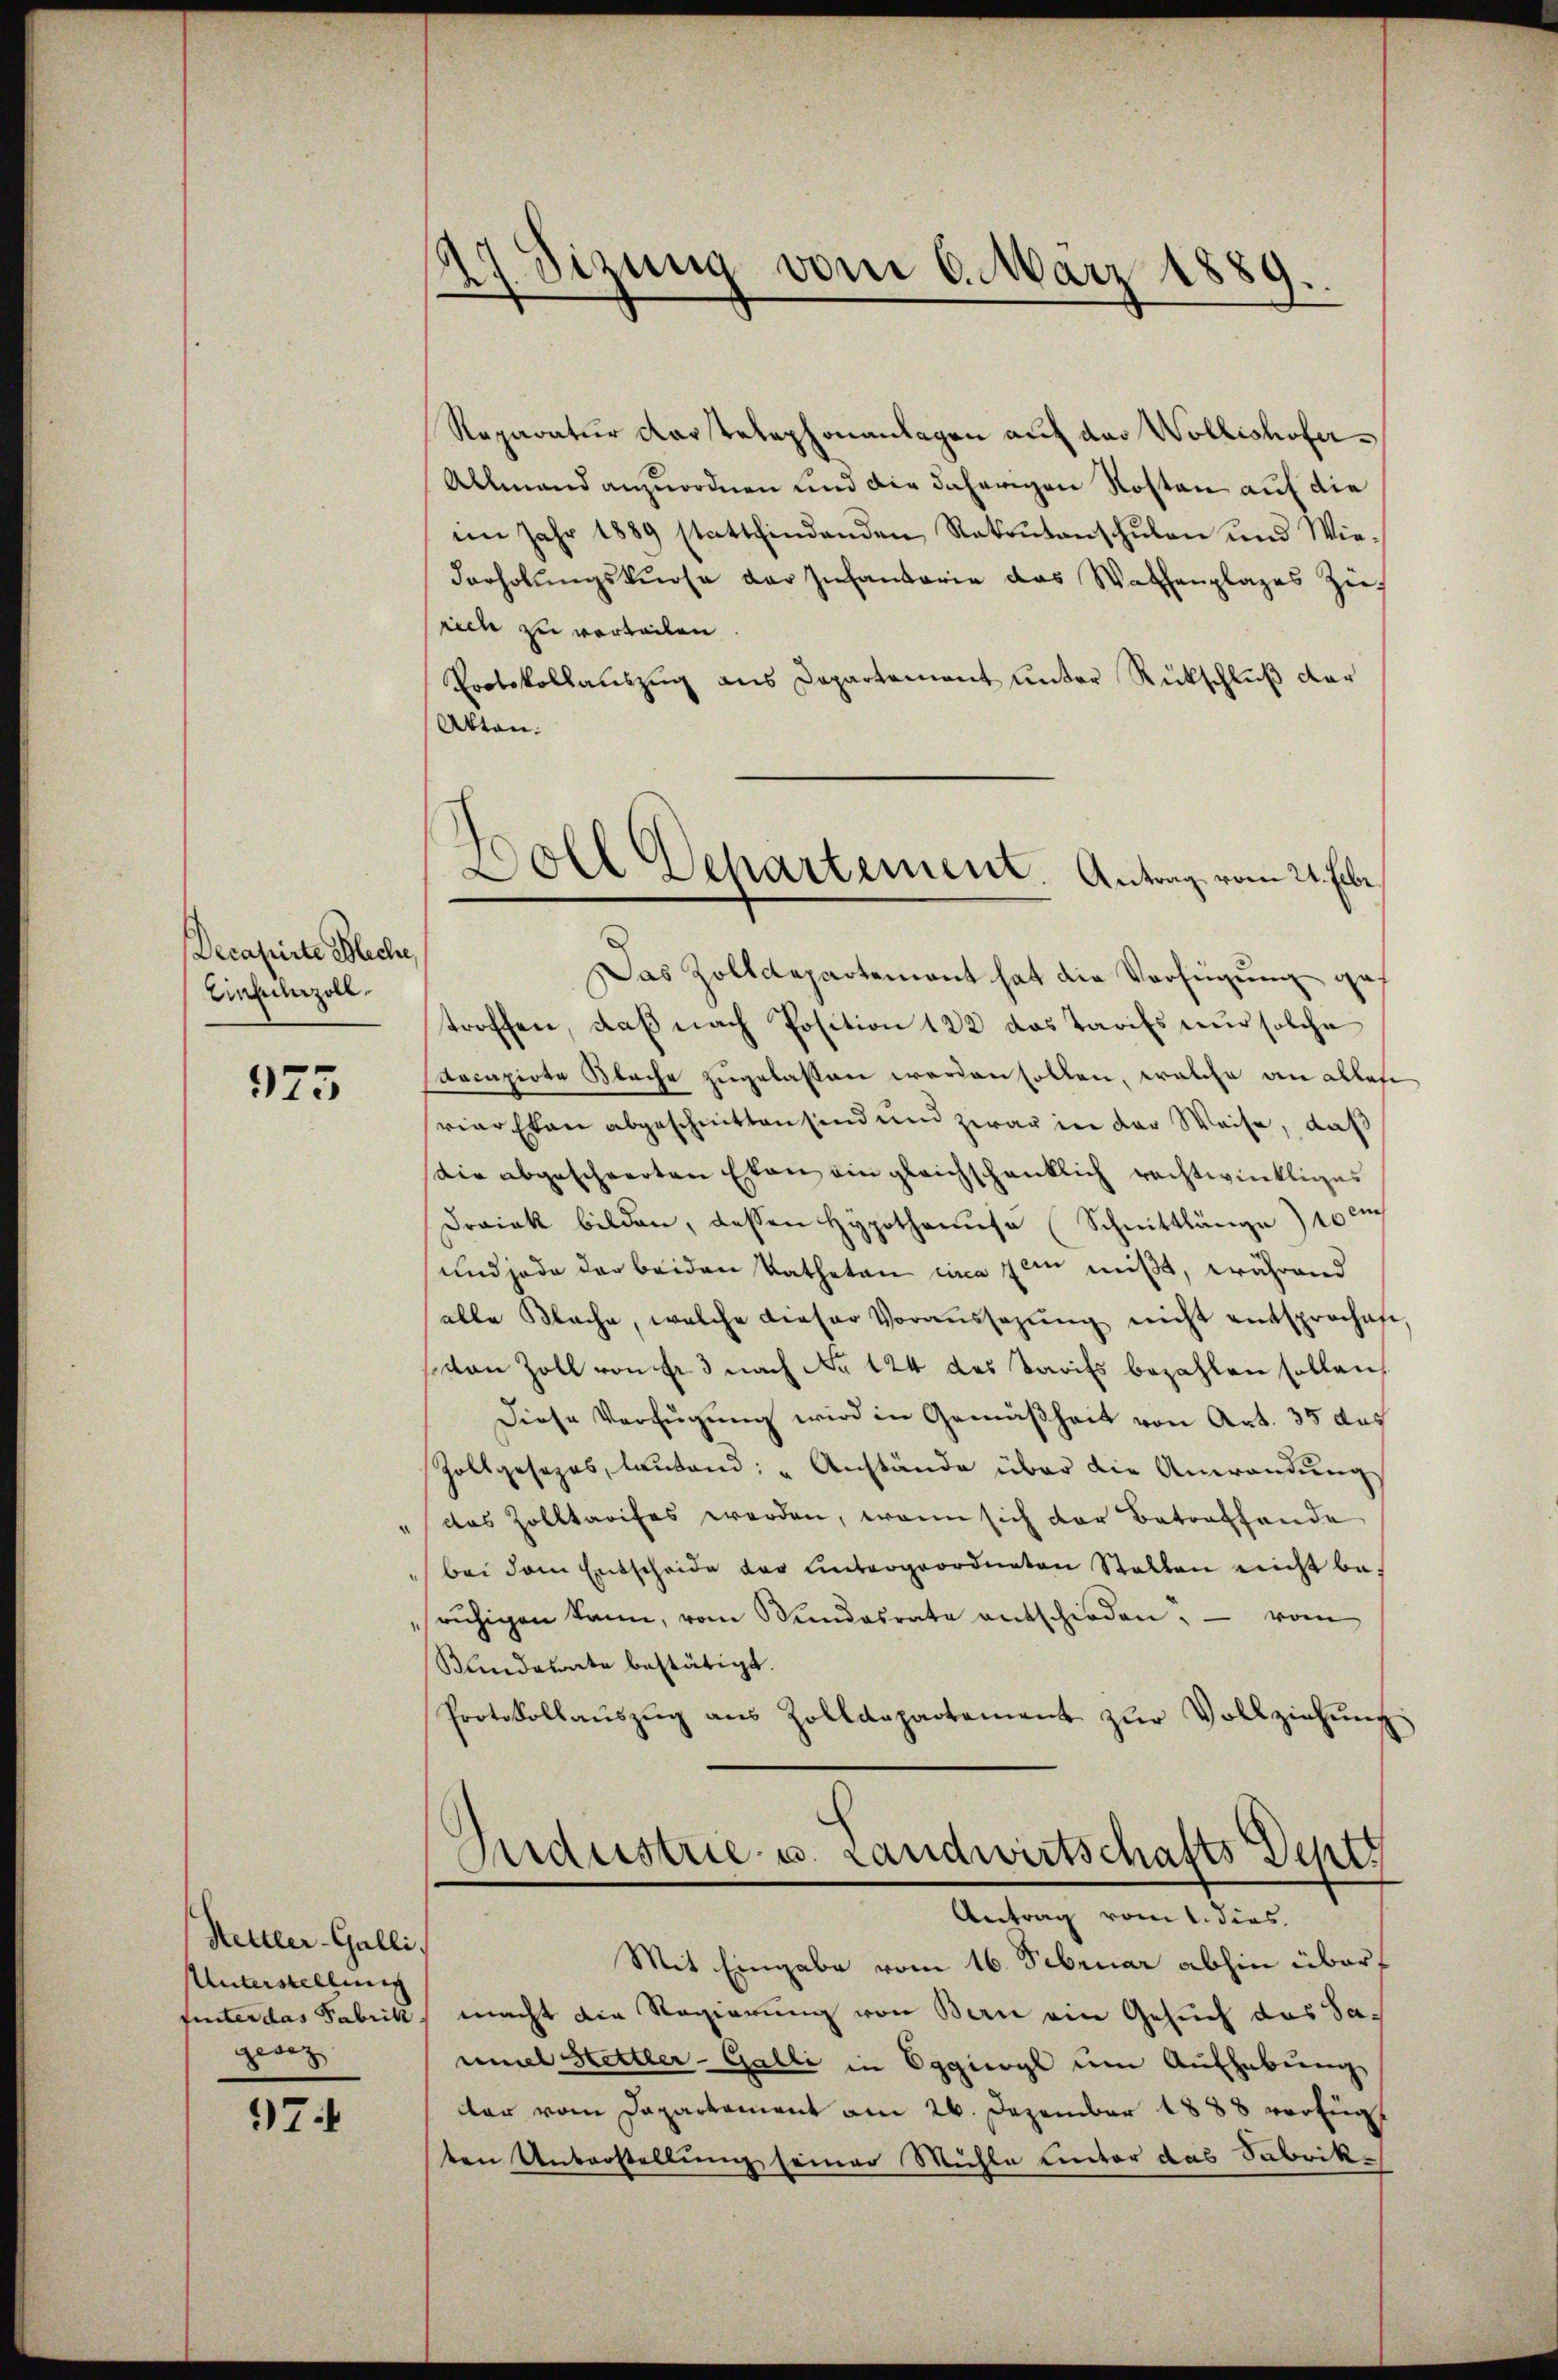
Decapirte Bleche,
Einfuhrzoll.

975

Hettler-Galli,
Unterstellung
geor

97.

27 Sizung vom 6. März 1889.

Reparatur dar telephonanlagen auf das Wollishofer¬
Allmand anzuordnen und die daherigen Kosten auf die
im Jahr 1889 stattfindenden Rakrŭtanschŭlen und Wiederholŭngskurse der Infantarie das Wachenplages Zieh
srich zu vorteilen
Protokollauszug aus Departement unter Rückschluß der
Akten.
Das Zolldepartement hat die Verfügung gef
troffen, daß nach Position 122 das Tarifs nur solche
decapirte Blache zugelassen worden sollen, welche an alles
riarekan abgeschnitten sind und zwar in der Weise, daß
Die abgeschwerten Etan ein gleichschanklich rechtwinkliges
Draick bilden, dessen Hypothaŭse (Schnittlänge 10 cm
und jede der beiden Katheten eina zum mißt, während
salle Blache, welche dieser Voraŭssagŭng nicht entsproches
ston Zoll von Er 3 nach No 124 das Tarifs bezahlen sollen,
Diese Verfügung wird in Gemäßheit von Art. 35 des
Zollgesezes, lautend: „Anstände über die Anwendung
das Zolltarifes werden, wenn sich der Betreffende
bei dem Entscheide der untergeordneten Stallen nicht berŭhigen kann, vom Bundesrate entschieden; — vom
Bundesrate bestätigt.
Protokollaŭszŭg aŭs Zolldepartement zŭr Vollziehŭng
Industrie- u. Landwirtschafts Deuts
Antrag vom 1. dies,
Mit Eingabe vom 16. Februar abhin überfinter das Fabrik, macht die Regierung von Bern ein Gesuch das Saumel Hettler-Galli in Eggiogl um Aufhebung
ar vom Dapartement am 26. Dezember 1888 verfügt
ten Unterstellung seiner Mühle einter das Sabrik¬

Doll Dehartement. Antrag vom 21. Febr.